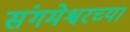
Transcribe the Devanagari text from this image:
संगमेश्वरच्या